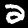
Label: 2